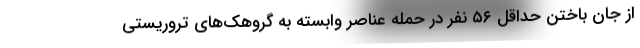
از جان باختن حداقل ۵۶ نفر در حمله عناصر وابسته به گروهک‌های تروریستی